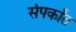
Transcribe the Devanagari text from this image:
संपर्कांत